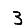
Digit: 3